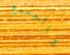
كالجميع